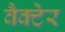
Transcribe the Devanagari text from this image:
वैक्टेर